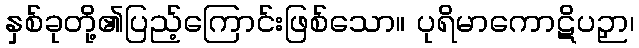
နှစ်ခုတို့၏ပြည့်ကြောင်းဖြစ်သော။ ပုရိမာကောဋိပဉှာ၊